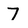
Character: 7